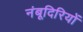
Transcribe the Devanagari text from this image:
नंबूदिरियों